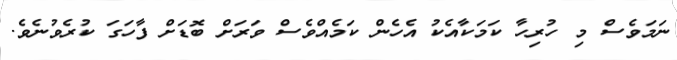
ނަމަވެސް މި ހުރިހާ ކަމަކާއެކު އެހެން ކަމެއްވެސް ވަރަށް ބޮޑަށް ފާހަގަ ކުރެވުނެވެ.